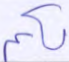
لكم